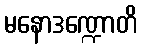
မနောဒဏ္ဍောတိ